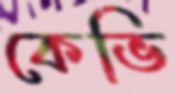
কেভি